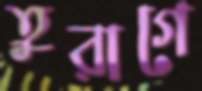
তুরাগে